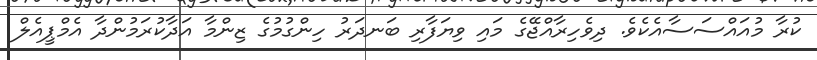
ކުރާ މުއައްސަސާއެކެވެ. ދިވެހިރާއްޖޭގެ މައި ވިޔަފާރި ބަނދަރު ހިންގުމުގެ ޒިންމާ އަދާކުރަމުންދާ އެމްޕީއެލް